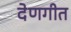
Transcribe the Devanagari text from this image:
देणगीत